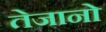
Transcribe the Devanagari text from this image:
तेजानो